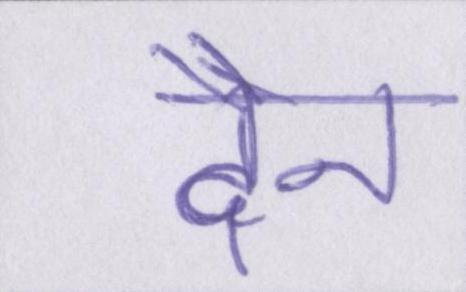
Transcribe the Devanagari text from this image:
दैन